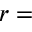
r =